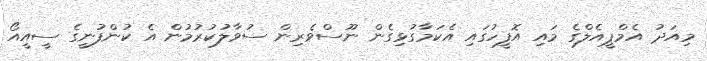
މިއަދު އެމްޕީއެލްގެ މައި އޮފީހުގައި އެކަމާގުޅިގެން ނޫސްވެރިން ސުވާލުކުރުމުން އެ ކުންފުނީގެ ސީއީއޯ